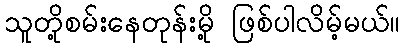
သူတို့စမ်းနေတုန်းမို့ ဖြစ်ပါလိမ့်မယ်။